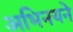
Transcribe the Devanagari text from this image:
अभिनयने